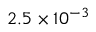
2 . 5 \times 1 0 ^ { - 3 }